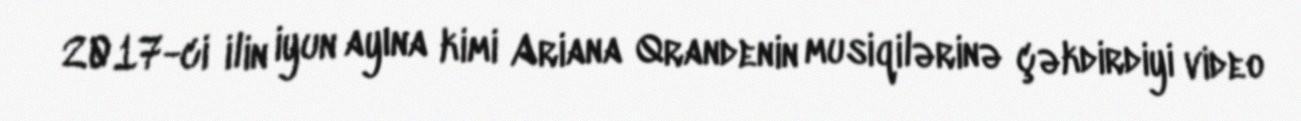
2017-ci ilin iyun ayına kimi Ariana Qrandenin musiqilərinə çəkdirdiyi video